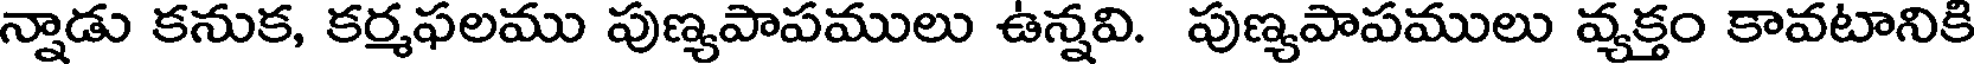
న్నాడు కనుక, కర్మఫలము పుణ్యపాపములు ఉన్నవి. పుణ్యపాపములు వ్యక్తం కావటానికి